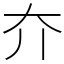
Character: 夰